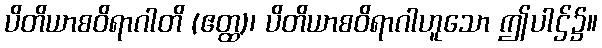
ပိတိယာစဝိရာဂါတိ (ဧတ္ထ)၊ ပိတိယာစဝိရာဂါဟူသော ဤပါဌ်၌။